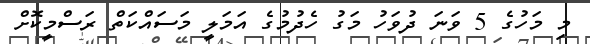
މި މަހުގެ 5 ވަނަ ދުވަހު މަގު ހެދުމުގެ އަމަލީ މަސައްކަތް ރަސްމީކޮށް